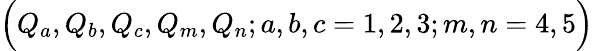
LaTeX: \Bigr(Q_{a},Q_{b},Q_{c},Q_{m},Q_{n};a,b,c=1,2,3;m,n=4,5\Bigl)